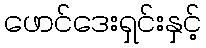
ဖောင်ဒေးရှင်းနှင့်